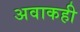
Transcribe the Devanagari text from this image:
अवाकही